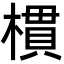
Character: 樌